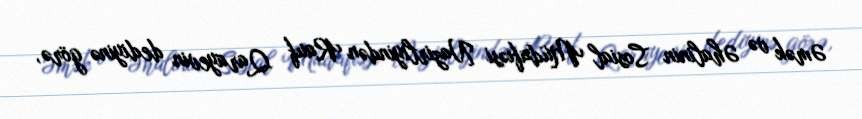
Əmək və Əhalinin Sosial Müdafiəsi Nazirliyindən Rauf Qarayevin dediyinə görə,